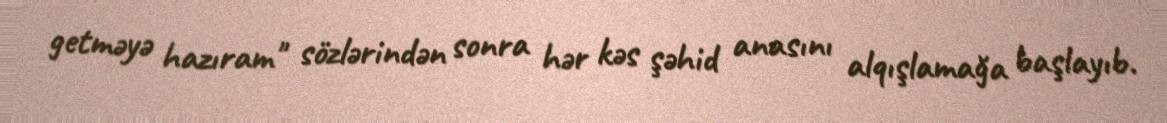
getməyə hazıram" sözlərindən sonra hər kəs şəhid anasını alqışlamağa başlayıb.